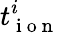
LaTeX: t_{\mathrm{~i~o~n~}}^{i}